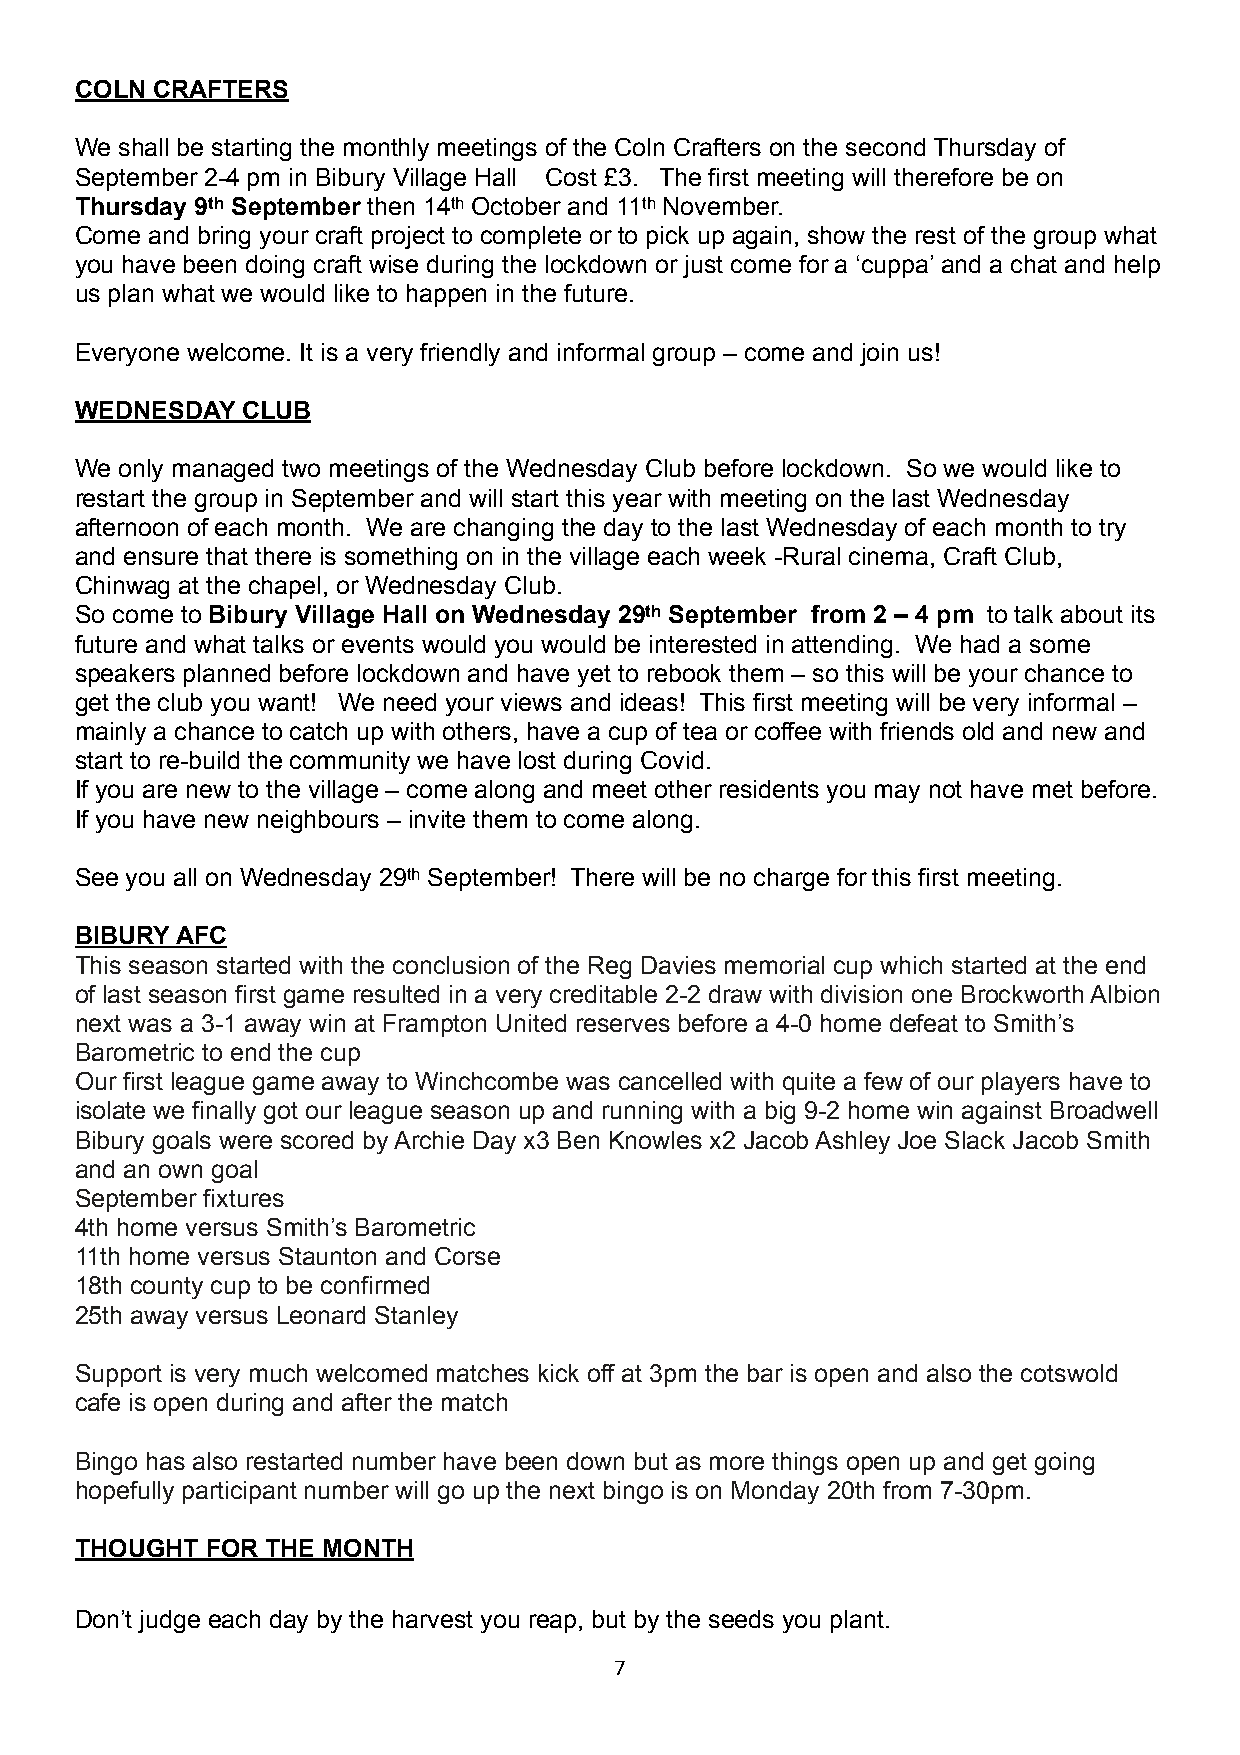
COLN CRAFTERS
 We shall be starting the monthly meetings of the Coln Crafters on the second Thursday of
 September 2-4 pm in Bibury Village Hall Cost £3. The first meeting will therefore be on
 Thursday 9th September then 14th October and 11th November.
 Come and bring your craft project to complete or to pick up again, show the rest of the group what
 you have been doing craft wise during the lockdown or just come for a ‘cuppa’ and a chat and help
 us plan what we would like to happen in the future.
 Everyone welcome. It is a very friendly and informal group – come and join us!
 WEDNESDAY  CLUB
 We only managed two meetings of the Wednesday Club before lockdown. So we would like to
 restart the group in September and will start this year with meeting on the last Wednesday
 afternoon of each month. We are changing the day to the last Wednesday of each month to try
 and ensure that there is something on in the village each week -Rural cinema, Craft Club,
 Chinwag at the chapel, or Wednesday Club.
 So come to Bibury Village Hall on Wednesday 29th September from 2 – 4 pm to talk about its
 future and what talks or events would you would be interested in attending. We had a some
 speakers planned before lockdown and have yet to rebook them – so this will be your chance to
 get the club you want! We need your views and ideas! This first meeting will be very informal –
 mainly a chance to catch up with others, have a cup of tea or coffee with friends old and new and
 start to re-build the community we have lost during Covid.
 If you are new to the village – come along and meet other residents you may not have met before.
 If you have new neighbours – invite them to come along.
 See you all on Wednesday 29th September! There will be no charge for this first meeting.
 BIBURY AFC
 This season started with the conclusion of the Reg Davies memorial cup which started at the end
 of last season first game resulted in a very creditable 2-2 draw with division one Brockworth Albion
 next was a 3-1 away win at Frampton United reserves before a 4-0 home defeat to Smith’s
 Barometric to end the cup
 Our first league game away to Winchcombe was cancelled with quite a few of our players have to
 isolate we finally got our league season up and running with a big 9-2 home win against Broadwell
 Bibury goals were scored by Archie Day x3 Ben Knowles x2 Jacob Ashley Joe Slack Jacob Smith
 and an own goal
 September fixtures
 4th home versus Smith’s Barometric
 11th home versus Staunton and Corse
 18th county cup to be confirmed
 25th away versus Leonard Stanley
 Support is very much welcomed matches kick off at 3pm the bar is open and also the cotswold
 cafe is open during and after the match
 Bingo has also restarted number have been down but as more things open up and get going
 hopefully participant number will go up the next bingo is on Monday 20th from 7-30pm.
 THOUGHT  FOR THE MONTH
 Don’t judge each day by the harvest you reap, but by the seeds you plant.
 7